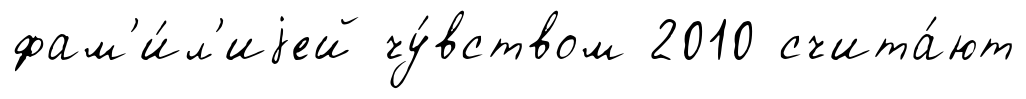
фам'и́л'иjей чу́вством 2010 счита́ют